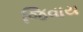
જિવાય